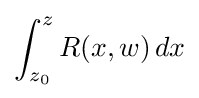
\int _{z_{0}}^{z}R(x,w)\,dx